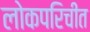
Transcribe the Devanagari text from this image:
लोकपरिचीत